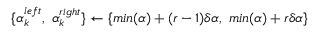
\{ { \alpha } _ { k } ^ { l e f t } , \ { \alpha } _ { k } ^ { r i g h t } \} \gets \{ m i n ( \alpha ) + ( r - 1 ) \delta \alpha , \ m i n ( \alpha ) + r \delta \alpha \}